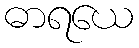
ဓာရယေ